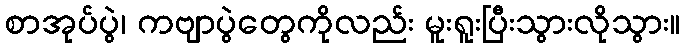
စာအုပ်ပွဲ၊ ကဗျာပွဲတွေကိုလည်း မူးရူးပြီးသွားလိုသွား။